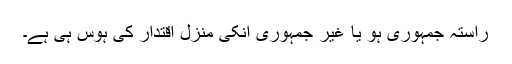
راستہ جمہوری ہو یا غیر جمہوری انکی منزل اقتدار کی ہوس ہی ہے۔